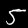
Digit: 5